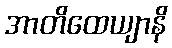
အာတိထေယျာနိ